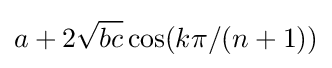
a+2{\sqrt {bc}}\cos(k\pi /{(n+1)})